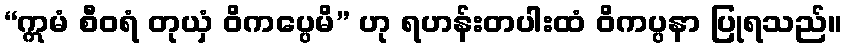
“ဣမံ စီဝရံ တုယှံ ဝိကပ္ပေမိ” ဟု ရဟန်းတပါးထံ ဝိကပ္ပနာ ပြုရသည်။